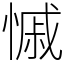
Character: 慽